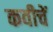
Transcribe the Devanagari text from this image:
कवीचें